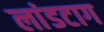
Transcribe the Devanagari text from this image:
लांडटाग